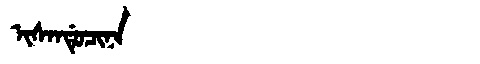
Manchu: ᡳᠰᠠᠨᡩᡠᠴᡳᠨᠠ
Romanization: ISANDUCINA